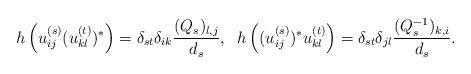
LaTeX: \begin{align*}h\left(u_{ij}^{(s)} (u_{kl}^{(t)})^* \right) = \delta_{s t} \delta_{ik} \frac {(Q_s)_{l,j}}{d_s},\; \;h\left((u_{ij}^{(s)})^* u_{kl}^{(t)} \right) = \delta_{st} \delta_{jl} \frac {(Q_s^{-1})_{k,i}}{d_s}.\end{align*}